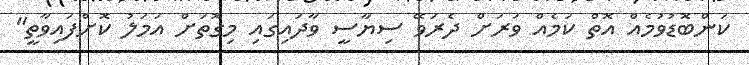
ކަންބޮޑުވުމެއް އޮތް ކަމެއް ވަރަށް ދެރަވޭ ސިޔާސީ ވާދައިގައި މިގޮތަށް އަމަލު ކޮށްފައިވާތީ"